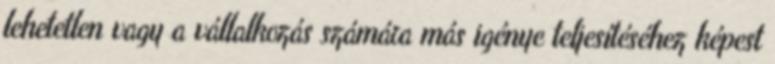
lehetetlen vagy a vállalkozás számára más igénye teljesítéséhez képest